Vaccination in Bombay 1869-1873 - 1869-1873
Year: 1869
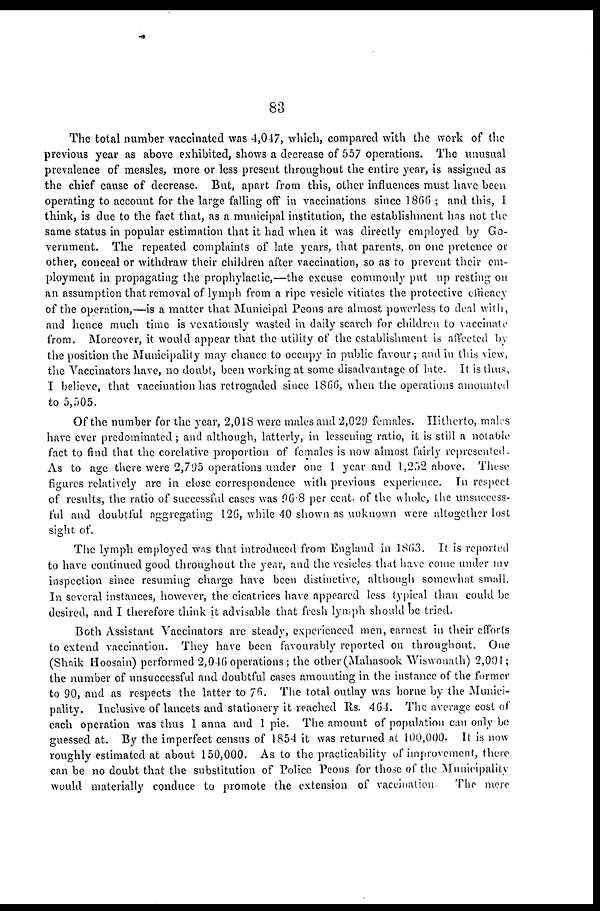
83
The total number vaccinated was 4,047, which, compared with the work of the
previous year as above exhibited, shows a decrease of 557 operations. The unusual
prevalence of measles, more or less present throughout the entire year, is assigned as
the chief cause of decrease. But, apart from this, other influences must have been
operating to account for the large falling off in vaccinations since 1866 ; and this, I
think, is due to the fact that, as a municipal institution, the establishment has not the
same status in popular estimation that it had when it was directly employed by Go-
vernment. The repeated complaints of late years, that parents, on one pretence or
other, conceal or withdraw their children after vaccination, so as to prevent their em-
ployment in propagating the prophylactic,—the excuse commonly put up resting on
an assumption that removal of lymph from a ripe vesicle vitiates the protective efficacy
of the operation,—is a matter that Municipal Peons are almost powerless to deal with,
and hence much time is vexatiously wasted in daily search for children to vaccinate
from. Moreover, it would appear that the utility of the establishment is affected by
the position the Municipality may chance to occupy in public favour; and in this view,
the Vaccinators have, no doubt, been working at some disadvantage of late. It is thus,
I believe, that vaccination has retrogaded since 1866, when the operations amounted
to 5,505.
Of the number for the year, 2,018 were males and 2,029 females. Hitherto, maks
have ever predominated; and although, latterly, in lessening ratio, it is still a notable
fact to find that the corelative proportion of females is now almost fairly represented.
As to age there were 2,795 operations under one 1 year and 1,252 above. These
figures relatively are in close correspondence with previous experience. In respect
of results, the ratio of successful cases was 96.8 per cent. of the whole, the unsuccess-
ful and doubtful aggregating 126, while 40 shown as unknown were altogether lost
sight of.
The lymph employed was that introduced from England in 1863. It is reported
to have continued good throughout the year, and the vesicles that have come under my
inspection since resuming charge have been distinctive, although somewhat small.
In several instances, however, the cicatrices have appeared less typical than could be
desired, and I therefore think it advisable that fresh lymph should be tried.
Both Assistant Vaccinators are steady, experienced men, earnest in their efforts
to extend vaccination. They have been favourably reported on throughout. One
(Shnik Hoosain) performed 2,046 operations ; the other (Mahasook Wiswonath) 2,001;
the number of unsuccessful and doubtful cases amounting in the instance of the former
to 90, and as respects the latter to 76. The total outlay was borne by the Munici-
pality. Inclusive of lancets and stationery it reached Rs. 464. The average cost of
each operation was thus 1 anna and 1 pie. The amount of population can only be
guessed at. By the imperfect census of 1854 it was returned at 100,000. It is now
roughly estimated at about 150,000. As to the practicability of improvement, there
can be no doubt that the substitution of Police Peons for those of the Municipality
would materially conduce to promote the extension of vaccination.
The more